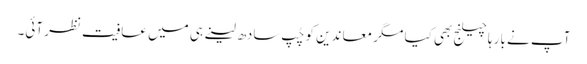
آپ نے بار ہا چیلنج بھی کیا مگر معا ندین کو چُپ سادھ لینے ہی میں عافیت نظر آئی۔